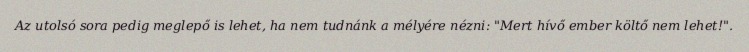
Az utolsó sora pedig meglepő is lehet, ha nem tudnánk a mélyére nézni: "Mert hívő ember költő nem lehet!".